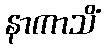
နာကာသိံ